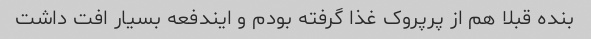
بنده قبلا هم از پرپروک غذا گرفته بودم و ایندفعه بسیار افت داشت